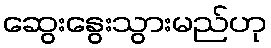
ဆွေးနွေးသွားမည်ဟု